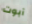
آبوت